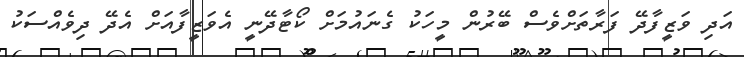
އަދި ވަޒީފާދޭ ފަރާތަށްވެސް ބޭރުން މީހަކު ގެނައުމަށް ކޯޓާދޭނީ އެވަޒީފާއަށް އެދޭ ދިވެއްސަކު